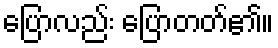
ပြောလည်း ပြောတတ်၏။